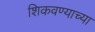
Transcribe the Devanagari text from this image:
शिकवण्याच्या